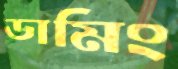
ডামিং